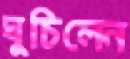
ঘুচিলেন